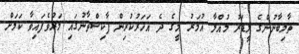
ތާލިބާނުންގެ ލީޑަރު މުއްލާ އުމަރު މީގެ ދެ އަހަރުކުރިން ޕާކިސްތާނުގައި މަރުވެފައިވާ ކަމަށް